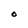
Character: O